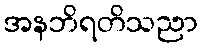
အနဘိရတိသညာ